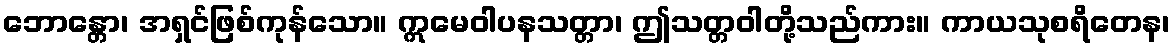
ဘောန္တော၊ အရှင်ဖြစ်ကုန်သော။ ဣမေဝါပနသတ္တာ၊ ဤသတ္တဝါတို့သည်ကား။ ကာယသုစရိတေန၊